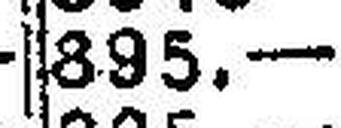
895.—